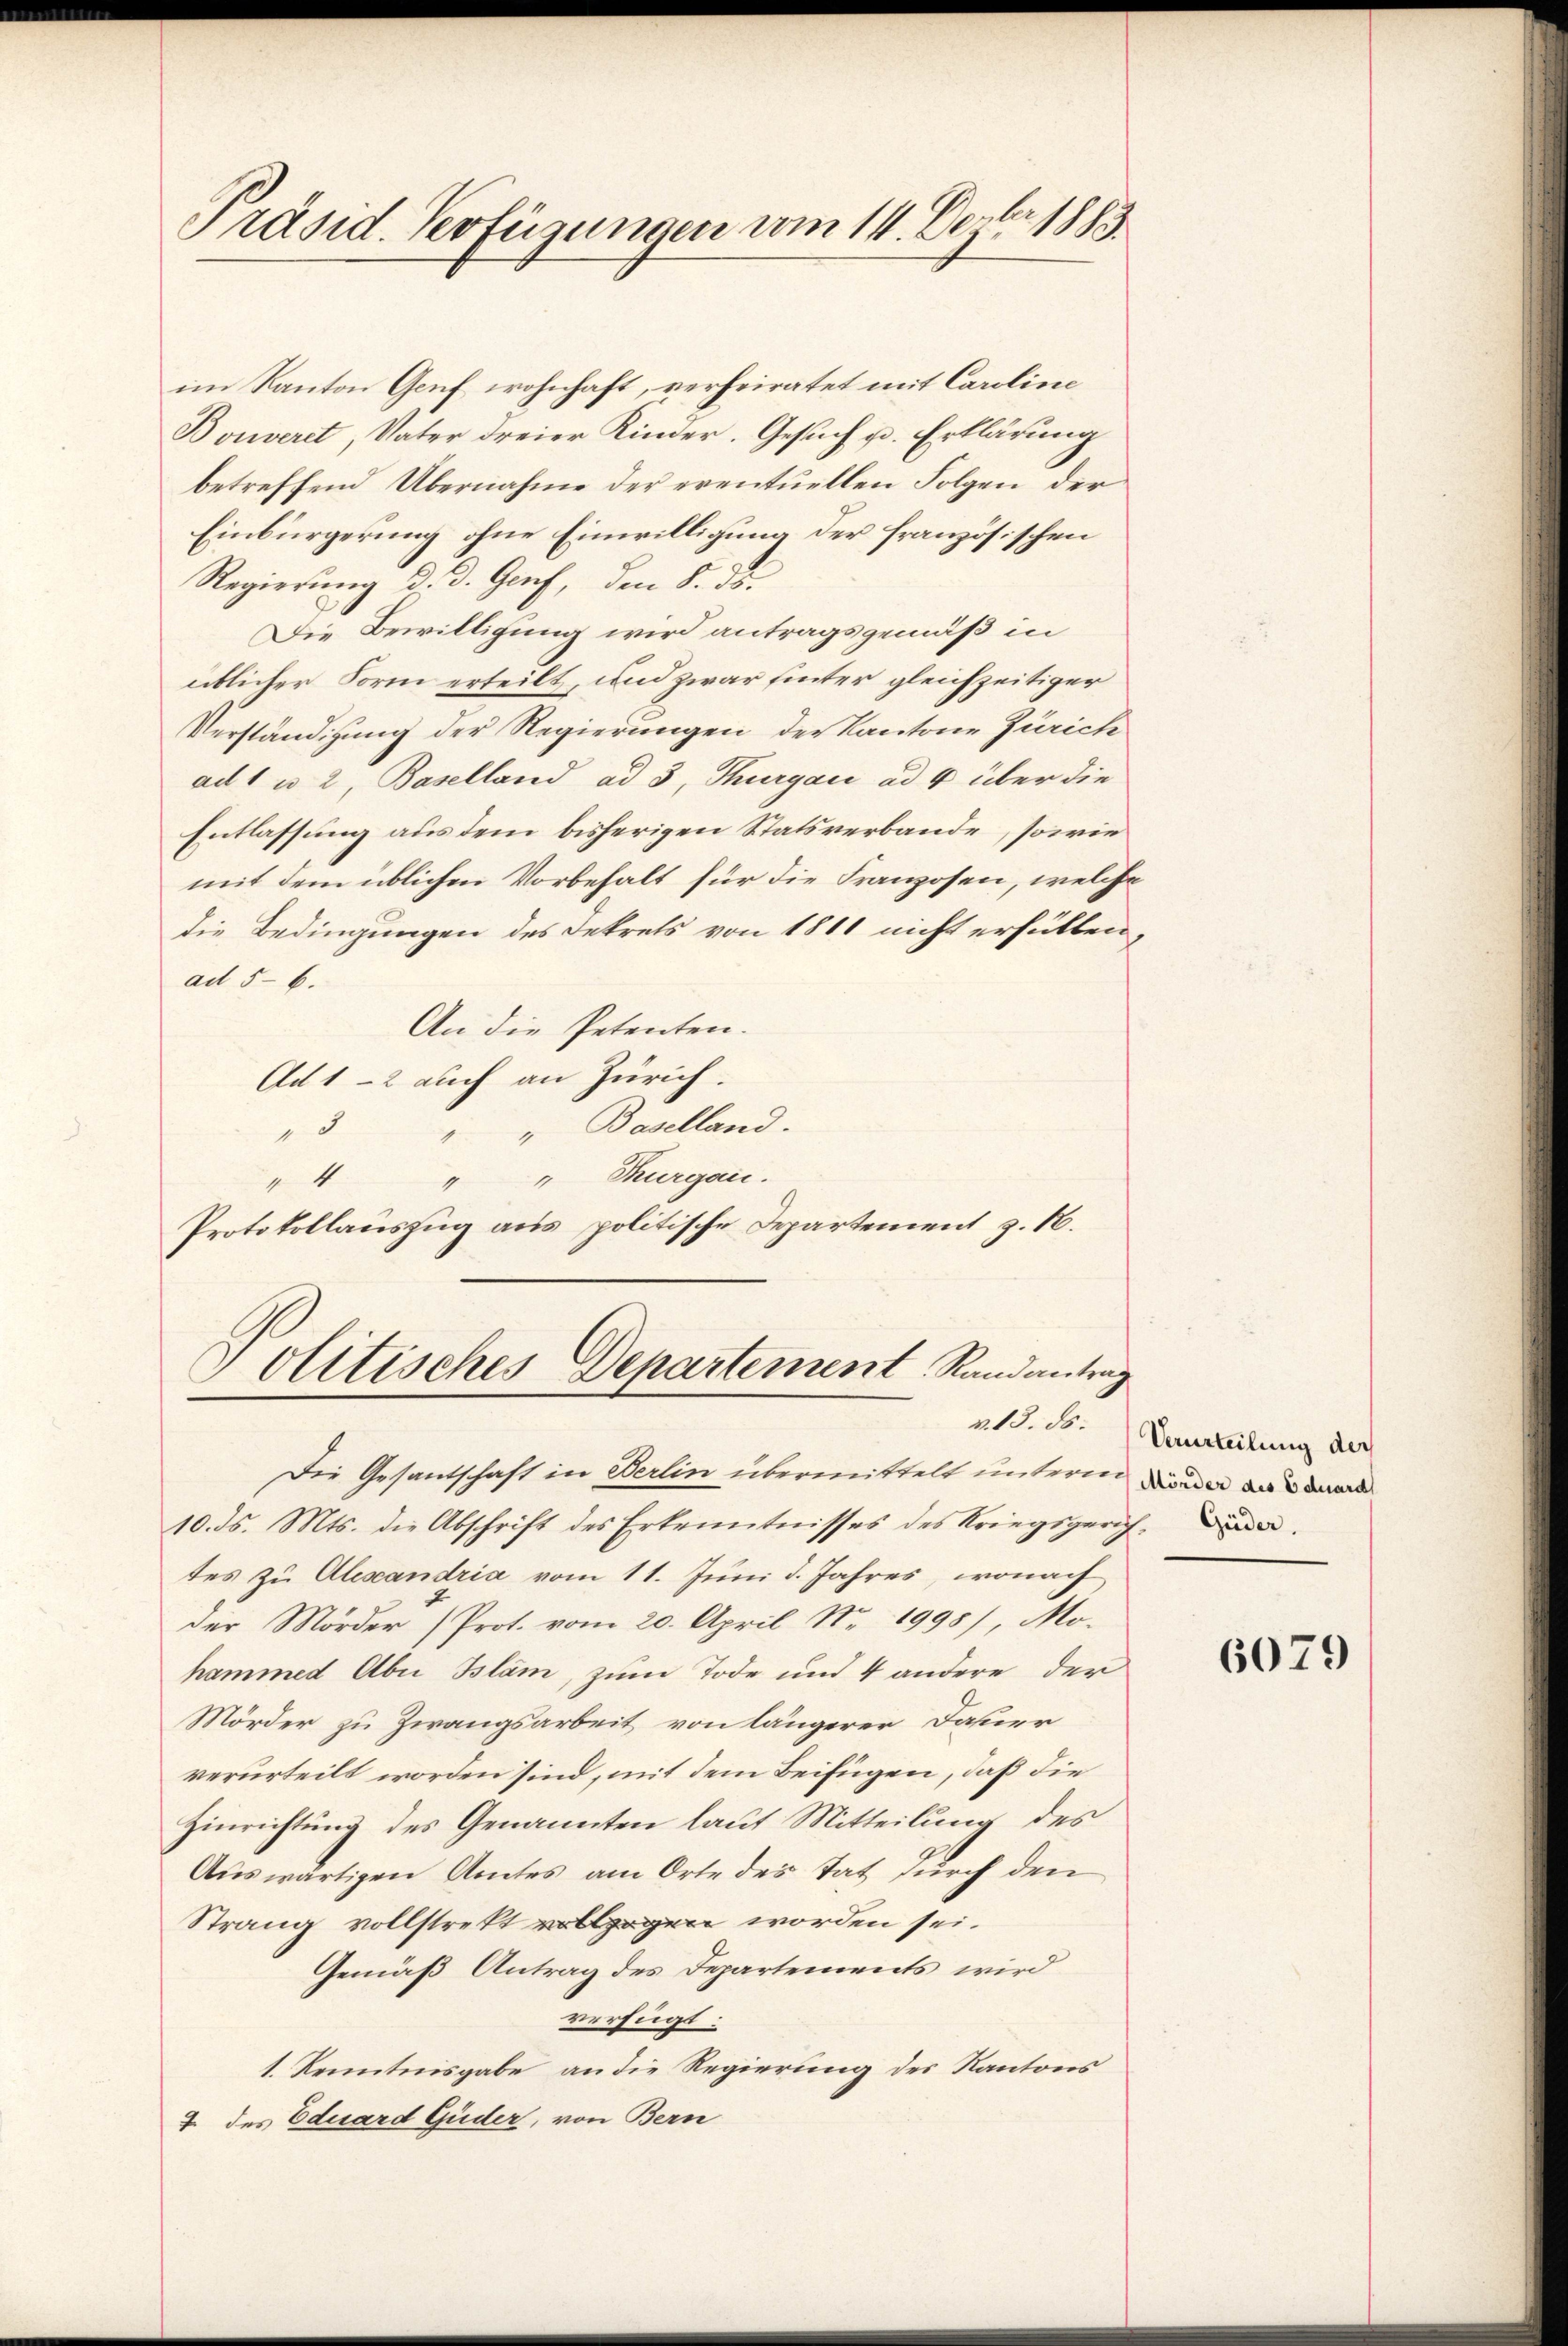
Präsid. Verfügungen vom 14. Dezbr 1883.

im Kanton Genf wohnhaft, verheiratet mit Caroline
Bouveret, Vater dreier Kinder. Gesuch u. Erklärung
betreffend Übernahme der eventuellen Folgen der
Einbürgerung ohne Einwilligung der französischen
Regierung d. d. Genf, den 8. d.
Die Bewilligung wird antragsgemäß in
üblicher Form erteilt, und zwar hinter gleichzeitiger
Verständigung der Regierungen der Kantone Zürich
ad 1 u. 2, Baselland ad 3, Thurgau ad 4 über die
Entlassung aus dem bisherigen Statsverbande, sowie
mit dem üblichen Vorbehalt für die Franzosen, welche
die Bedingungen des Dekrets von 1811 nicht erfüllen,
ad 5-6.
An die Petenten.
Ad 1-2 auch an Zürich.
" " " Baselland.
" 4 " " Thurgau.
Protokollauszug aus politische Departement z. B.

Politisches Departement Randantrag
v. 13. ds.

Die Gesantschaft in Berlin übermittelt unterm wieder das dara
10. ds. Mts. die Abschrift des Erkenntnisses des Kriegsgerich.
tes zu Alescandria vom 11. Juni d. Jahres, wonach
der Mörder (Prot. vom 20. April Nr. 1995), Mo-
hammed Aber Bläm, zum Tode und 4 andere der
Mörder zu Zwangsarbeit von längerer Dauer
verurteilt worden sind, mit dem Beifügen, daß die
Hinrichtung des Genannten laut Mitteilung des
Auswärtigen Amtes am Orte des tat durch den
Strang vollstrekt legen worden sei.
Gemäß Antrag des Departements wird
verfügt:
1. Kenntnisgabe an die Regierung des Kantons
2 des Eduard Guder, von Bern

Verurteilung der

6079